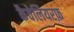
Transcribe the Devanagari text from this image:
कैवेलियरफ़